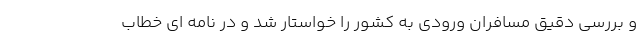
و بررسی دقیق مسافران ورودی به کشور را خواستار شد و در نامه ای خطاب